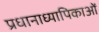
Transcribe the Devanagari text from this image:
प्रधानाध्यापिकाओं